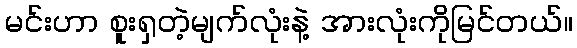
မင်းဟာ စူးရှတဲ့မျက်လုံးနဲ့ အားလုံးကိုမြင်တယ်။